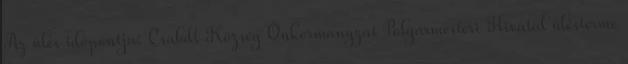
Az ülés időpontja: Csabdi Község Önkormányzat Polgármesteri Hivatal ülésterme